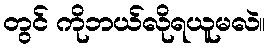
တွင် ကိုဘယ်လိုရယူမလဲ။